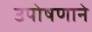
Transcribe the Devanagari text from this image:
उपोषणाने